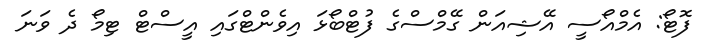
ފޮޓޯ: އެމްއޯސީ އޭޝިއަން ގޭމްސްގެ ފުޓްބޯޅަ އިވެންޓްގައި އީސްޓް ޓިމޯ ދެ ވަނަ